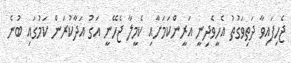
ޖެހިފައިވާ ދަތިވަގުތު އެހީވެދިނީ އަރީންކަމަށާއި ކެމީލާ ޖެހޭނީ އަގު އަދާކުރަން ކަމުގައި ބުނެ